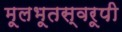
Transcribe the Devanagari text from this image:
मूलभूतस्वरूपी